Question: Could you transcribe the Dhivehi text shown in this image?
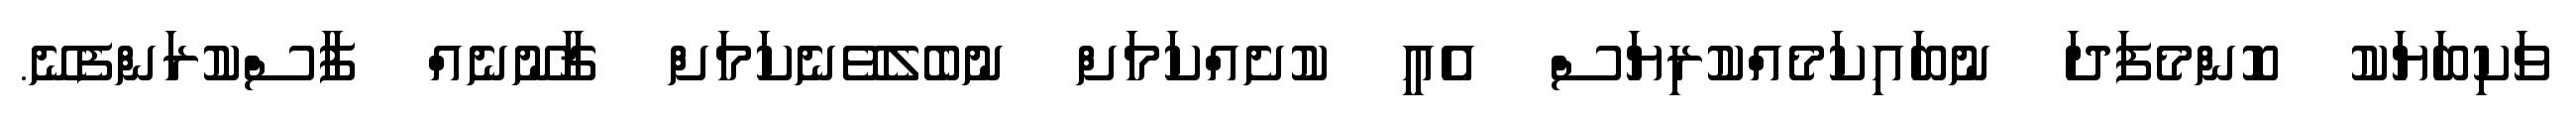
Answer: ވަކިބަޔަކު ކޮންމެފަދަ ނުބައިކަމެއްކުރިޔަސް އެއީ ކުށެއްކަމަށް ނުބެލެވޭނެކަމަށް ޤާނޫނެއް ފާސްކުރަންފެނޭ.